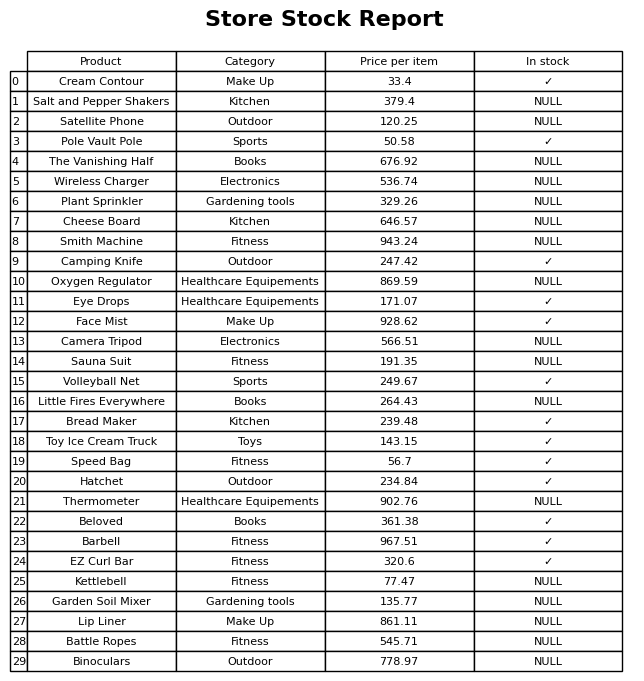
question: Which products are currently out of stock?
answer: Salt and Pepper Shakers, Satellite Phone, The Vanishing Half, Wireless Charger, Plant Sprinkler, Cheese Board, Smith Machine, Oxygen Regulator, Camera Tripod, Sauna Suit, Little Fires Everywhere, Thermometer, Kettlebell, Garden Soil Mixer, Lip Liner, Battle Ropes, Binoculars